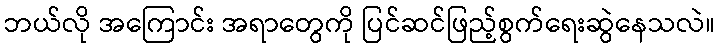
ဘယ်လို အကြောင်း အရာတွေကို ပြင်ဆင်ဖြည့်စွက်ရေးဆွဲနေသလဲ။